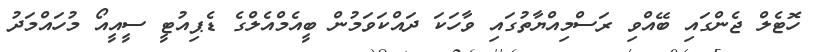
ހޮޓެލް ޖެންގައި ބޭއްވި ރަސްމިއްޔާތުގައި ވާހަކަ ދައްކަވަމުން ބީއެމްއެލްގެ ޑެޕިއުޓީ ސީއީއޯ މުހައްމަދު